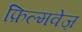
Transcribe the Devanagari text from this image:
फ़िल्मवेज़